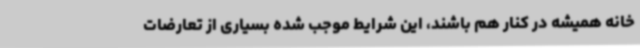
خانه همیشه در کنار هم باشند، این شرایط موجب شده بسیاری از تعارضات